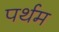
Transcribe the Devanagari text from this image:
पर्थम